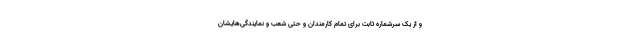
و از یک سرشماره ثابت برای تمام کارمندان و حتی شعب و نمایندگی‌هایشان